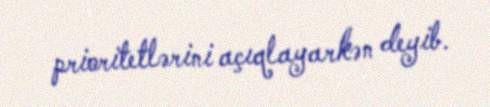
prioritetlərini açıqlayarkən deyib.